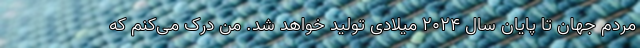
مردم جهان تا پایان سال ۲۰۲۴ میلادی تولید خواهد شد. من درک می‌کنم که